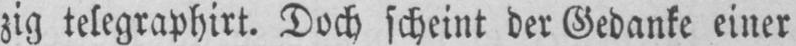
zig telegraphirt. Doch scheint der Gedanke einer